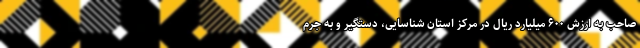
صاحب به ارزش ۶۰۰ میلیارد ریال در مرکز استان شناسایی، دستگیر و به جرم